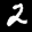
Label: 2